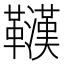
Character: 𲊠